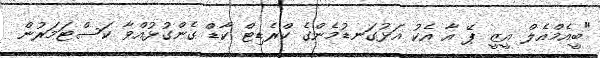
"ބީއެމްއެލް އީޒީ ޕޭ އާ އެކު އަޅުގަނޑުމެންގެ ކްރެޑިޓް ކާޑް ގެންގުޅުއްވާ ކަސްޓަމަރުން